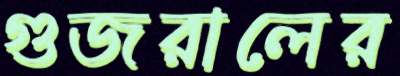
গুজরালের